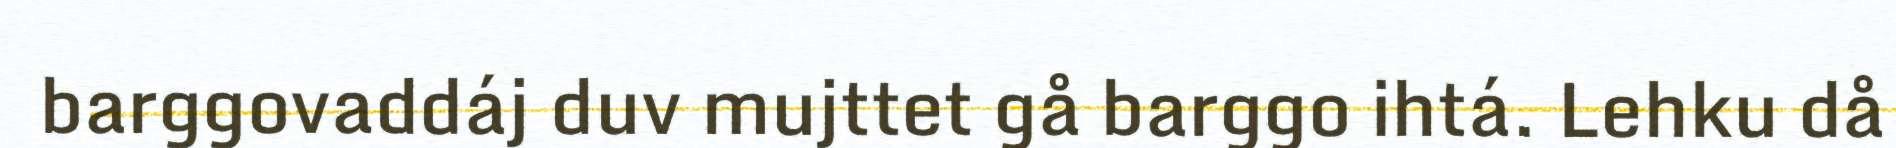
barggovaddáj duv mujttet gå barggo ihtá. Lehku då